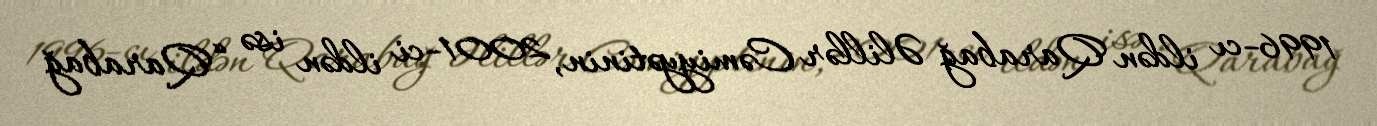
1996-cı ildən Qarabağ Əlillər Cəmiyyətinin, 2001-ci ildən isə “Qarabağ